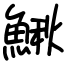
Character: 鰍